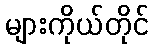
များကိုယ်တိုင်